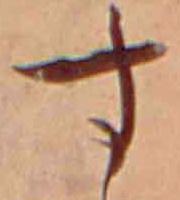
す